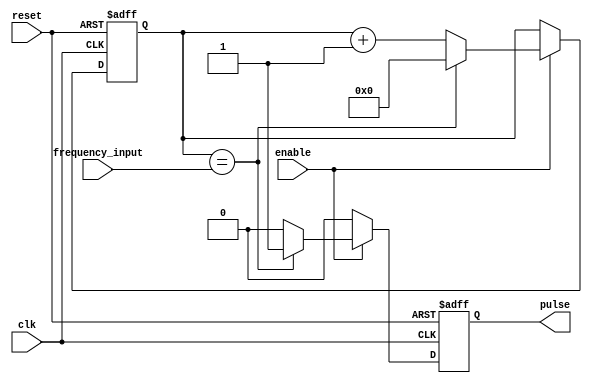
module variable_frequency_pulse_generator (
    input clk,
    input reset,
    input enable,
    input [7:0] frequency_input,
    output reg pulse
);

reg [7:0] counter = 8'd0;
reg [7:0] divider = 8'd0;

always @(posedge clk or posedge reset) begin
    if (reset) begin
        counter <= 8'd0;
        divider <= 8'd0;
        pulse <= 1'b0;
    end else if (enable) begin
        if (divider == frequency_input) begin
            counter <= counter + 1;
            divider <= 8'd0;
            pulse <= 1'b1;
        end else begin
            divider <= divider + 1;
            pulse <= 1'b0;
        end
    end else begin
        pulse <= 1'b0;
    end
end

endmodule